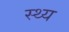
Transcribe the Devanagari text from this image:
स्थ्य